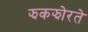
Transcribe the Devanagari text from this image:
झकझोरते